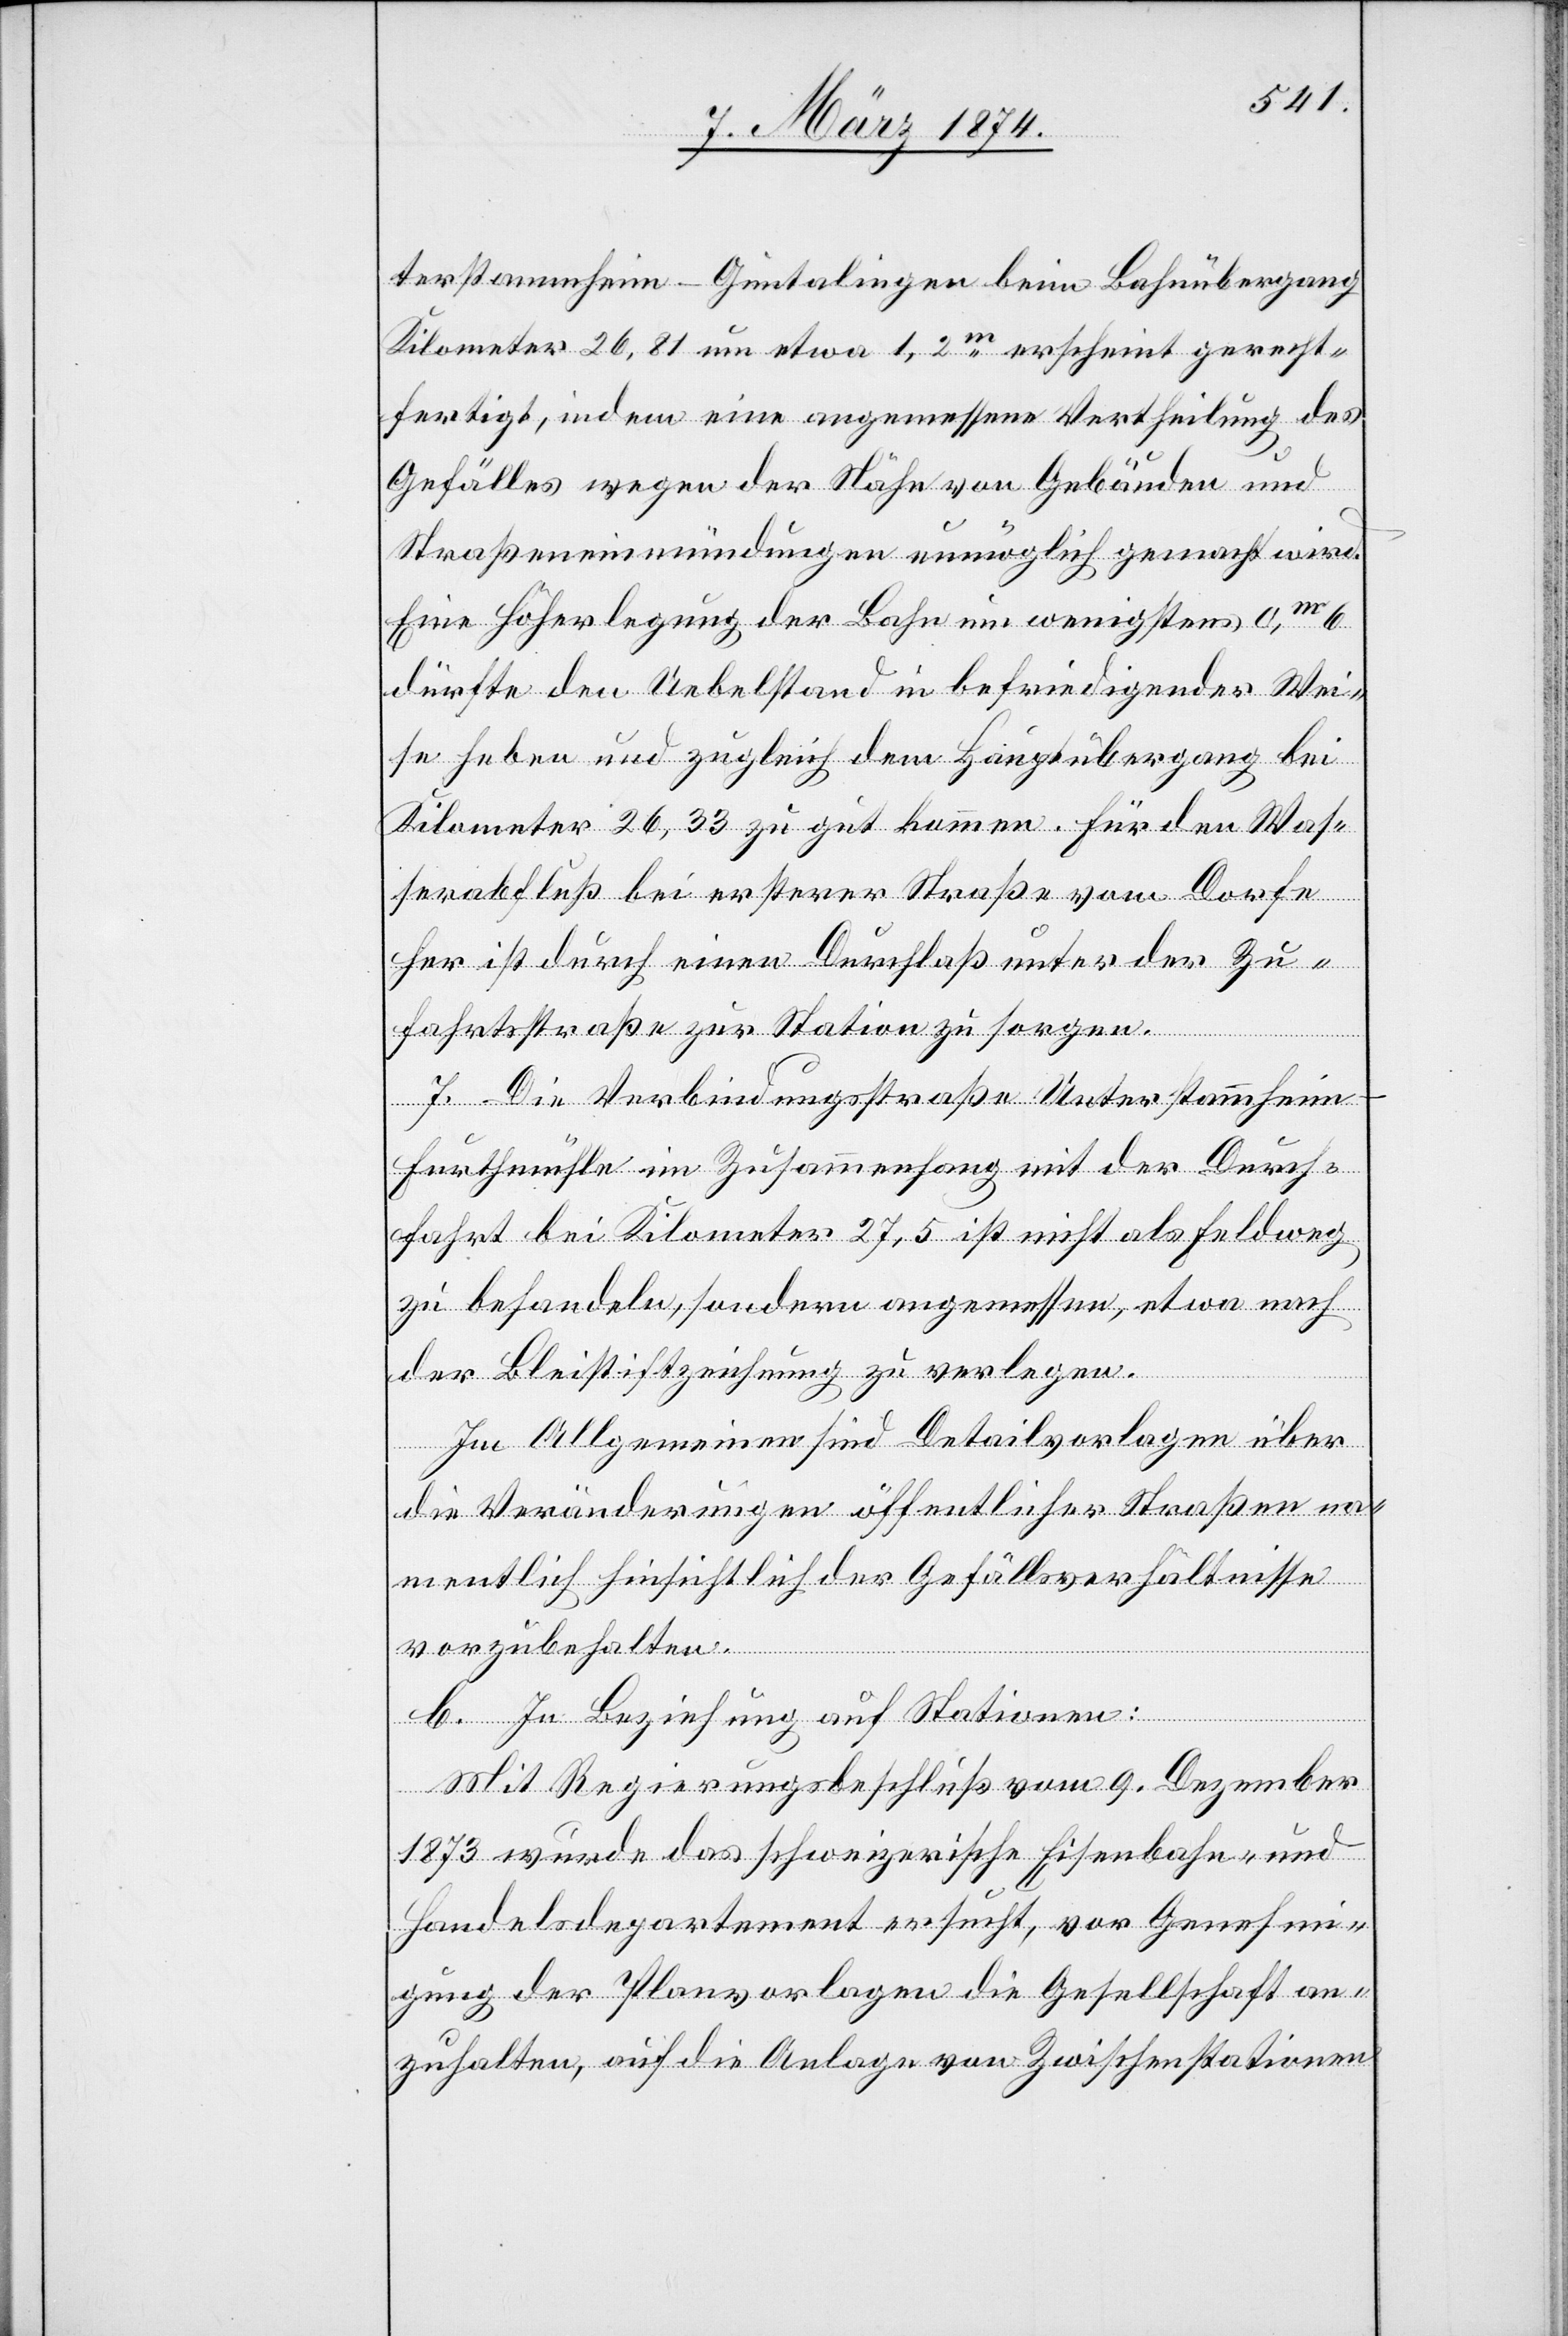
terstammheim-Guntalingen beim Bahnübergang
Kilometer 26,81 um etwa 1,2m erscheint gerecht¬
fertigt, indem eine angemessene Vertheilung des
Gefälles wegen der Nähe von Gebäuden und
Straßeneinmündungen unmögliche gemacht wird.
Eine Höherlegung der Bahn um wenigstens 0m 6
dürfte den Uebelstand in befriedigender Wei¬
se heben und zugleich dem Hauptübergang bei
Kilometer 26,33 zu gut kommen. Für den Was¬
serabfluß bei ersterer Straße vom Dorfe
her ist durch einen Durchlaß unter der Zu¬
fahrtsstraße zur Station zu sorgen.
7. Die Verbindungsstraße Unterstammheim-F¬
urthmühle im Zusammenhang mit der Durch¬
fahrt bei Kilometer 27,5 ist nicht als Feldweg
zu behandeln, sondern angemessen, etwa nach
der Bleistiftzeichnung zu verlegen.
Im Allgemeinen sind Detailvorlagen über
die Veränderungen öffentlicher Straßen na¬
mentlich hinsichtlich der Gefällsverhältnisse
vorzubehalten.
b. In Beziehung auf Stationen:
Mit Regierungsbeschluß vom 9. Dezember
1873 wurde das schweizerische Eisenbahn- und
Handelsdepartement ersucht, vor Genehmi¬
gung der Planvorlagen die Gesellschaft an¬
zuhalten, auf die Anlage von Zwischenstationen